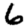
Digit: 6